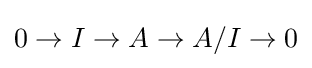
0\to I\to A\to A/I\to 0